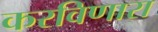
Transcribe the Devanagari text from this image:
करविणारा